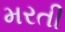
મરતી